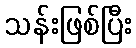
သန်းဖြစ်ပြီး